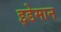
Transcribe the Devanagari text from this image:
इडेमान